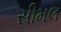
સીમલ